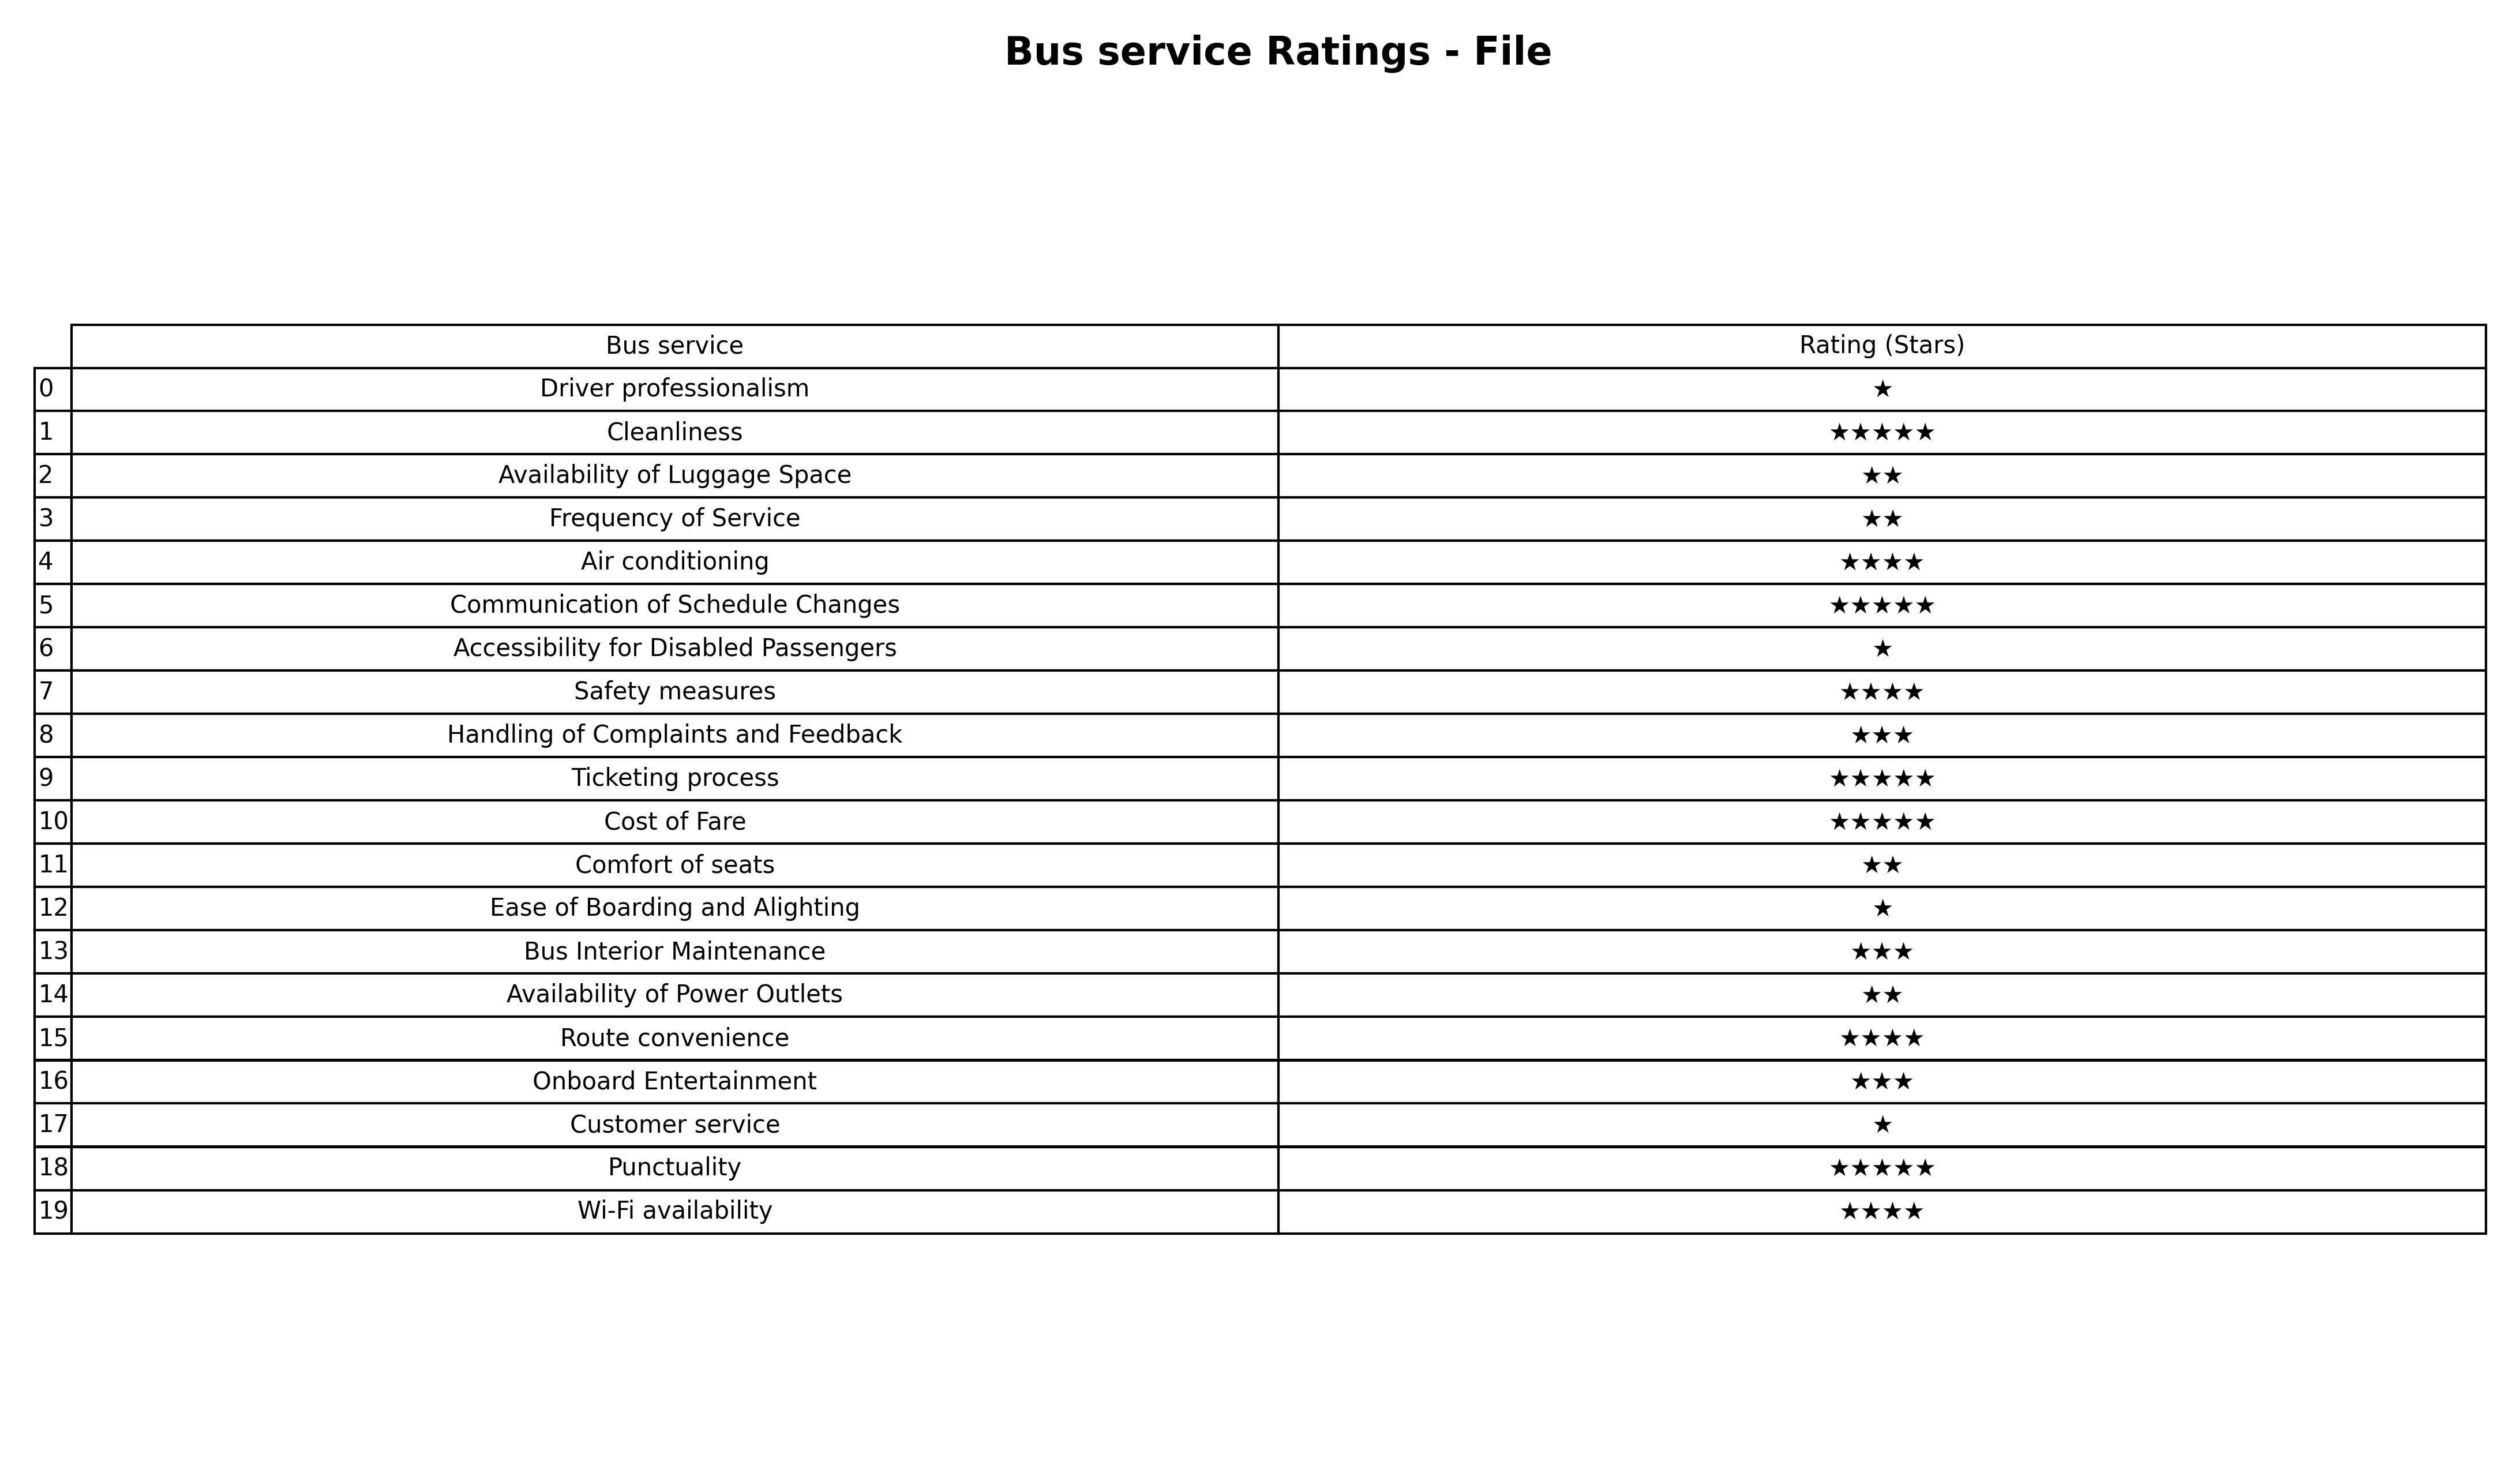
question: Which services are rated average?
answer: Handling of Complaints and FeedbackBus Interior MaintenanceOnboard Entertainment